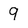
Character: 9